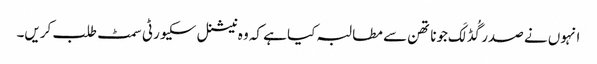
انہوں نے صدر گُڈ لَک جوناتھن سے مطالبہ کیا ہے کہ وہ نیشنل سکیورٹی سمٹ طلب کریں۔